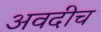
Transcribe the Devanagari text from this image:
अवदीच